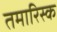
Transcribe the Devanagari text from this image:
तमारिस्क